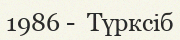
1986 -  Түрксіб